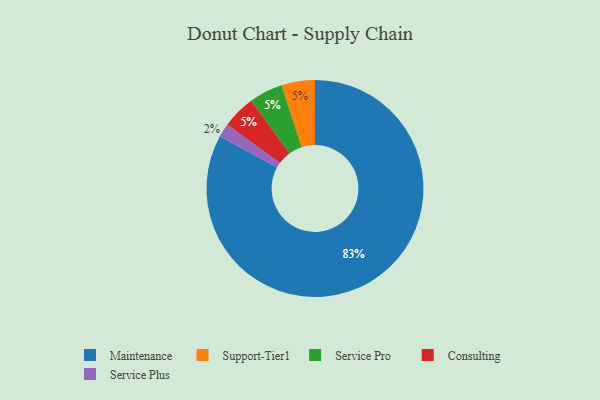
{"axis": {"x": "Category", "y": "Percentage"}, "legend": ["Consulting", "Maintenance", "Service Plus", "Service Pro", "Support-Tier1"], "data": [{"x": "Maintenance", "y": 83, "type": "Maintenance"}, {"x": "Support-Tier1", "y": 5, "type": "Support-Tier1"}, {"x": "Service Pro", "y": 5, "type": "Service Pro"}, {"x": "Consulting", "y": 5, "type": "Consulting"}, {"x": "Service Plus", "y": 2, "type": "Service Plus"}]}